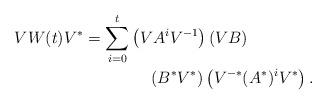
LaTeX: \begin{align*} V W(t) V^{*} & = \sum_{i=0}^{t} \left( V A^i V^{-1} \right) \left(V B \right) \\ &~~~~~~~~~~~~ \left( B^* V^{*} \right) \left( V^{-*} (A^*)^i V^* \right). \end{align*}